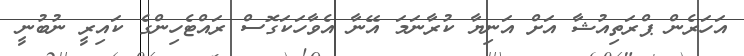
އަހަރެން ޕްރަތިއުޝާ އަށް އަނިޔާ ކުރާނަމަ އޭނާ އެވާހަކަގޮސް ރައްޓެހިންގެ ކައިރީ ނުބުނީ